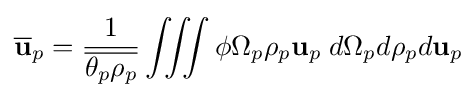
{\overline {\mathbf {u} }}_{p}={\frac {1}{\overline {\theta _{p}\rho _{p}}}}\int \!\!\!\int \!\!\!\int \phi \Omega _{p}\rho _{p}\mathbf {u} _{p}\;d\Omega _{p}d\rho _{p}d\mathbf {u} _{p}